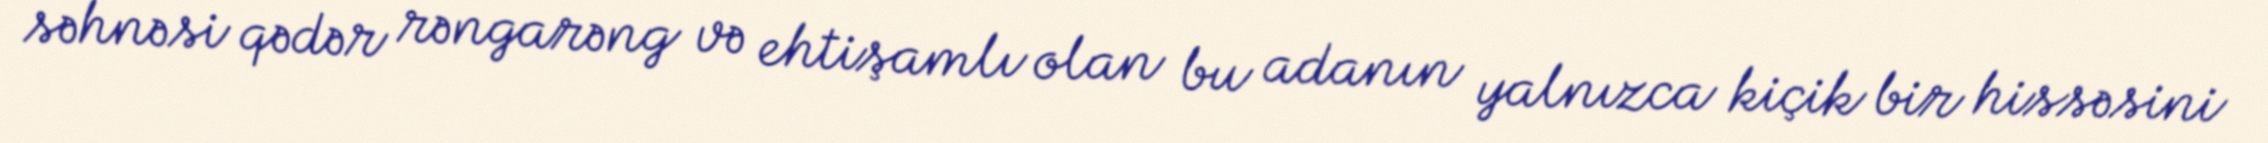
səhnəsi qədər rəngarəng və ehtişamlı olan bu adanın yalnızca kiçik bir hissəsini